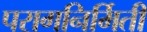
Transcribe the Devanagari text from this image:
परागनिर्मिती